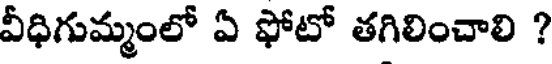
వీధిగుమ్మంలో ఏ ఫోటో తగిలించాలి ?